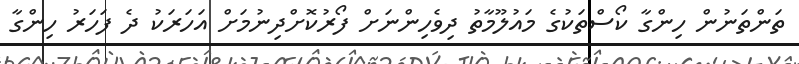
ތަންތަނުން ހިންގާ ކޯސްތަކުގެ މައުލޫމާތު ދިވެހިންނަށް ފޯރުކޮށްދިނުމަށް އަހަރަކު ދެ ފަހަރު ހިންގާ